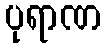
ပုရာဏ